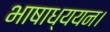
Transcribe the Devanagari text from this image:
भाषाध्ययन।